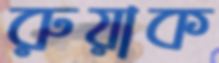
রুয়াক